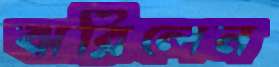
ঝরিলেন